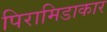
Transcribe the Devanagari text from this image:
पिरामिडाकार